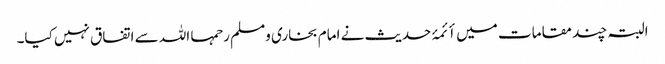
البتہ چند مقامات میں أئمۂ حدیث نے امام بخاری ومسلم رحمہا اللہ سے اتفاق نہیں کیا۔